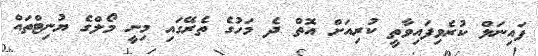
ފައިނަލް ކުރެވިފައިވާތީ ކުރިއަށް އޮތް ދެ މަހުގެ ތެރޭގައި މިނީ މޯލްގެ ޔުނިޓްތައް